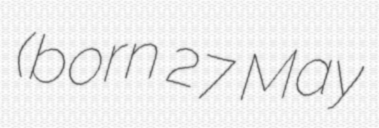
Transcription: (born 27 May